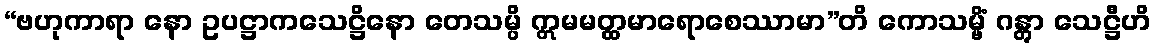
“ဗဟုကာရာ နော ဥပဋ္ဌာကသေဋ္ဌိနော တေသမ္ပိ ဣမမတ္ထမာရောစေဿာမာ”တိ ကောသမ္ဗိံ ဂန္တွာ သေဋ္ဌီဟိ